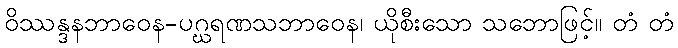
ဝိဿန္ဒနဘာဝေန-ပဂ္ဃရဏသဘာဝေန၊ ယိုစီးသော သဘောဖြင့်။ တံ တံ